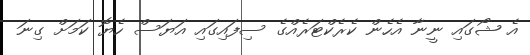
އެ ޝޯގައި ނީނާ އެހެން ކެރެކްޓަރެއްގެ ސިފައިގައި އަޔަސް ހެޔޮ ކަމަށް ގިނަ